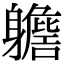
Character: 𨊗